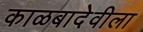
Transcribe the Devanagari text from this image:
काळबादेवीला